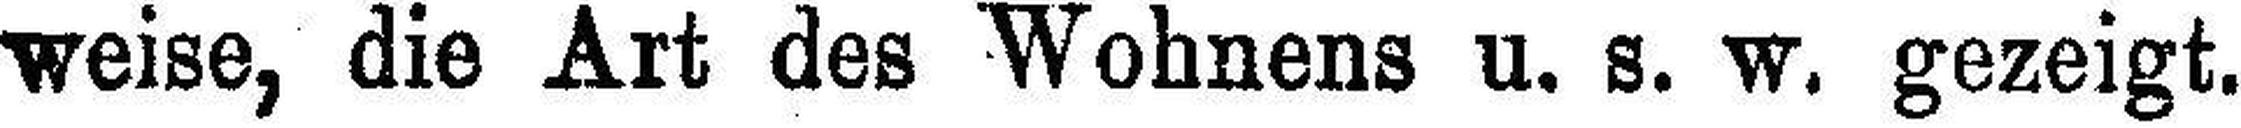
weise, die Art des Wohnens u. s. w. gezeigt.